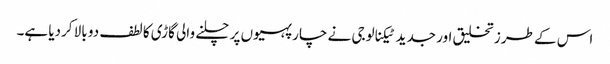
اس کے طرز تخلیق اور جدید ٹیکنالوجی نے چار پہیوں پر چلنے والی گاڑی کا لطف دو بالا کردیا ہے۔